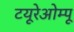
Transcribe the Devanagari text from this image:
टयूरेओम्पू